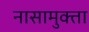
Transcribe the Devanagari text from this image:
नासामुक्ता